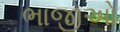
ભાજીઓ